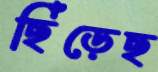
ছিঁড়েছ